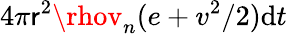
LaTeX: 4\pi\mathsf{r}^{2}\rhov_{n}(e+v^{2}/2)\mathrm{{d}}t